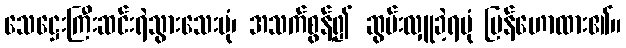
သေဋ္ဌေးကြီးဆင်းရဲသွားသေးပုံ၊ အသက်စွန့်၍ ဆွမ်းလှူခဲ့ရပုံ ပြန်ဟောထား၏။